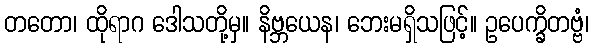
တတော၊ ထိုရာဂ ဒေါသတို့မှ။ နိဗ္ဘယေန၊ ဘေးမရှိသဖြင့်။ ဥပေက္ခိတဗ္ဗံ၊